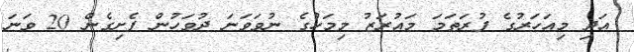
އަދި މިއަހަރުގެ ފުރަތަމަ މައުރަޒު މިމަހުގެ ނުވަވަނަ ދުވަހުން ފެށިގެން 20 ވަނަ